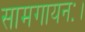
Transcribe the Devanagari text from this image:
सामगायनः।